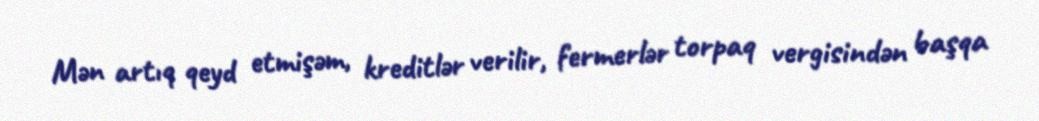
Mən artıq qeyd etmişəm, kreditlər verilir, fermerlər torpaq vergisindən başqa